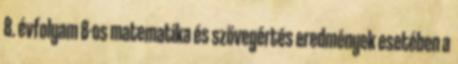
8. évfolyam 8-os matematika és szövegértés eredmények esetében a